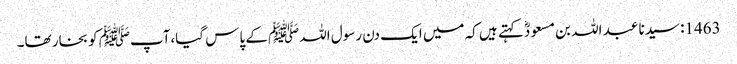
1463: سیدنا عبد اللہ بن مسعودؓ کہتے ہیں کہ میں ایک دن رسول اللہﷺ کے پاس گیا،آپﷺ کو بخار تھا۔